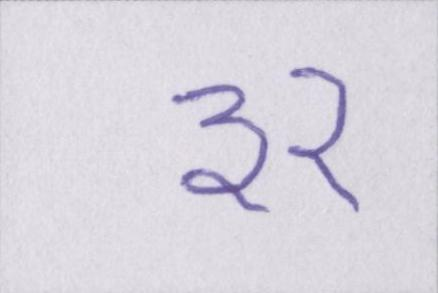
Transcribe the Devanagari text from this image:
३२